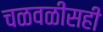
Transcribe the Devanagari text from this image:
चळवळीसही